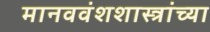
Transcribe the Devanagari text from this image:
मानववंशशास्त्रांच्या